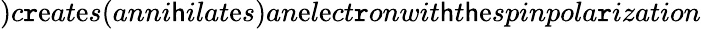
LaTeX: )c\mathtt{r}\mathrm{e}at\mathrm{e}s(anni\mathsf{h}ilat\mathrm{e}s)an\mathrm{e}l\mathrm{e}ct\mathtt{r}onwit\mathsf{h}t\mathsf{h}\mathrm{e}spinpola\mathtt{r}ization